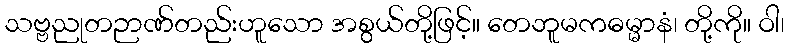
သဗ္ဗညုတဉာဏ်တည်းဟူသော အစွယ်တို့ဖြင့်။ တေဘူမကဓမ္မာနံ၊ တို့ကို။ ဝါ၊